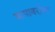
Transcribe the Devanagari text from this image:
बापाबरोबर